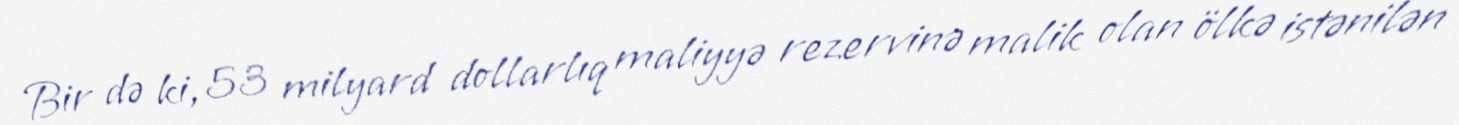
Bir də ki, 53 milyard dollarlıq maliyyə rezervinə malik olan ölkə istənilən